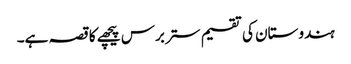
ہندوستان کی تقسیم ستر برس پیچھے کا قصہ ہے۔